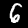
Digit: 6